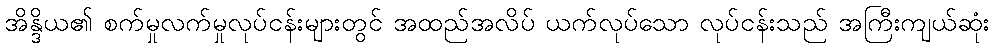
အိန္ဒိယ၏ စက်မှုလက်မှုလုပ်ငန်းများတွင် အထည်အလိပ် ယက်လုပ်သော လုပ်ငန်းသည် အကြီးကျယ်ဆုံး